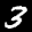
Label: 3